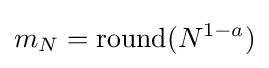
m_{N}=\operatorname {round} (N^{1-a})